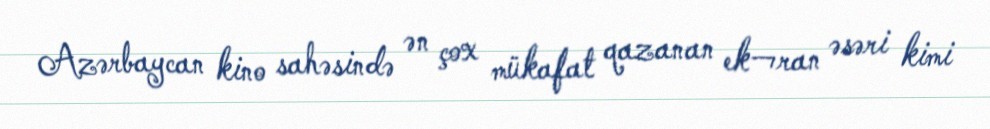
Azərbaycan kino sahəsində ən çox mükafat qazanan ek¬ran əsəri kimi